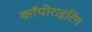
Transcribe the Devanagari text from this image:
कॉपीराइटिंग